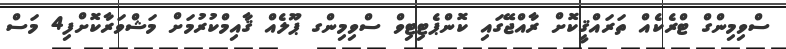
ސްވިމިންގް ޓްރެކެއް ތަރައްޤީކޮށް ރާއްޖޭގައި ކޮންޕެޓިޓިވް ސްވިމިންގ ޕޫލެއް ޤާއިމްކުރުމަށް މަޝްވަރާކޮށްފި4 މަސް